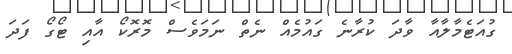
ގުއަޓެމާލާއާ ވާދަ ކުރާނެ ގައުމެއް ނެތް ނަމަވެސް މޮރޮކޯ އާއި ޓޯގޯ ފަދަ